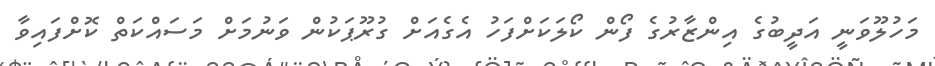
މަހުލޫވަނީ އަދީބުގެ އިންޒާރުގެ ފޯން ކޯލަކަށްފަހު އެގެއަށް ގުރޫޕަކުން ވަނުމަށް މަސައްކަތް ކޮށްފައިވާ